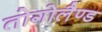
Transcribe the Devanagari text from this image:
तोगोलैण्ड